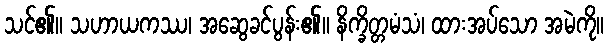
သင်၏။ သဟာယကဿ၊ အဆွေခင်ပွန်း၏။ နိက္ခိတ္တမံသံ၊ ထားအပ်သော အမဲကို။